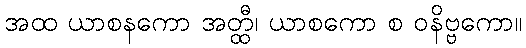
အထ ယာစနကော အတ္ထီ၊ ယာစကော စ ဝနိဗ္ဗကော။